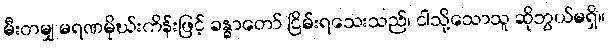
မီးတမျှ မရဏမိုဃ်းကိန်းဖြင့် ခန္ဓာတော် ငြိမ်းရသေးသည်၊ ငါသို့သောသူ ဆိုဘွယ်မရှိ။